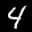
Label: 4